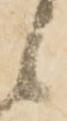
候